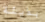
بذيئة